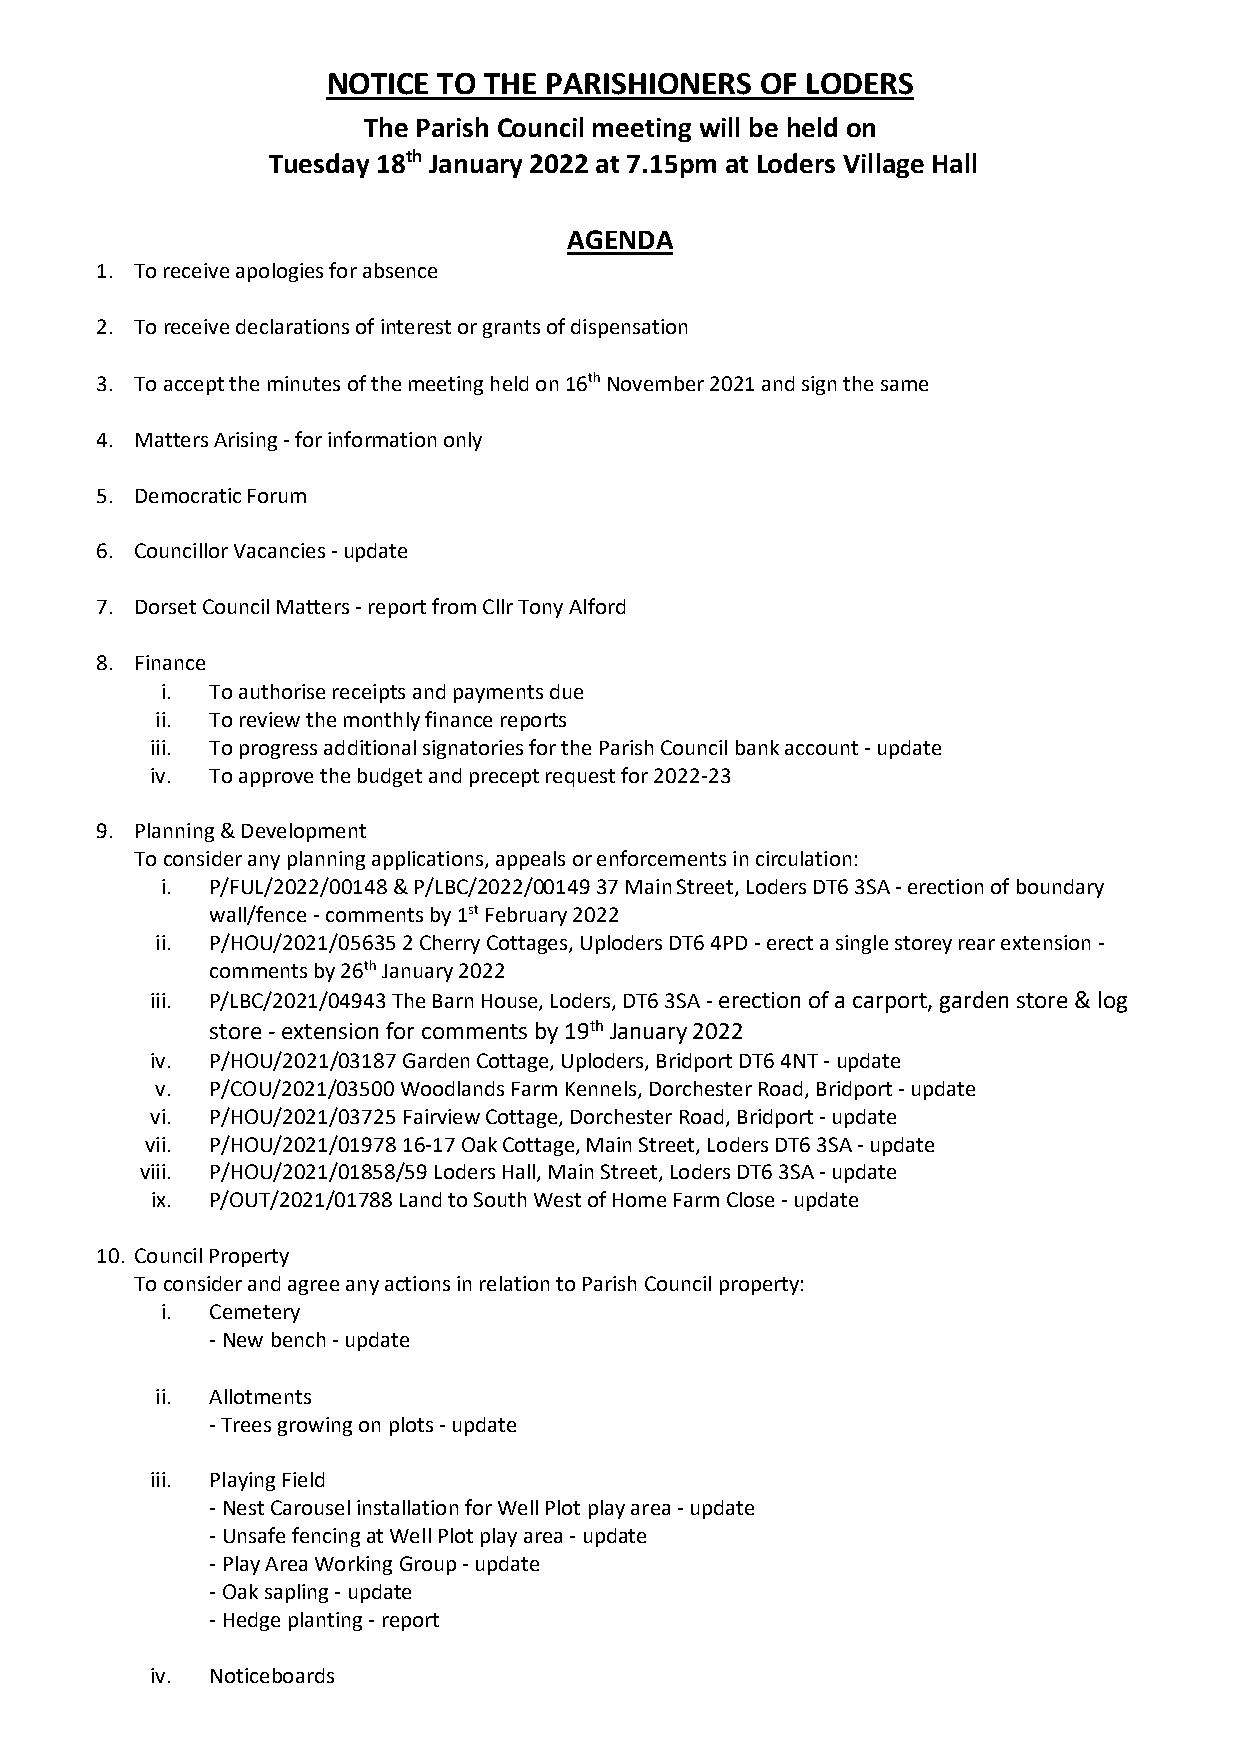
NOTICE TO THE PARISHIONERS  OF LODERS
 The Parish Council meeting will be held on
 Tuesday 18th January 2022 at 7.15pm at Loders Village Hall
 AGENDA
 1. To receive apologies for absence
 2. To receive declarations of interest or grants of dispensation
 3. To accept the minutes of the meeting held on 16th November 2021 and sign the same
 4. Matters Arising - for information only
 5. Democratic Forum
 6. Councillor Vacancies - update
 7. Dorset Council Matters - report from Cllr Tony Alford
 8. Finance
 i. To authorise receipts and payments due
 ii. To review the monthly finance reports
 iii. To progress additional signatories for the Parish Council bank account - update
 iv. To approve the budget and precept request for 2022-23
 9. Planning & Development
 To consider any planning applications, appeals or enforcements in circulation:
 i. P/FUL/2022/00148 & P/LBC/2022/00149 37 Main Street, Loders DT6 3SA - erection of boundary
 wall/fence - comments by 1st February 2022
 ii. P/HOU/2021/05635 2 Cherry Cottages, Uploders DT6 4PD - erect a single storey rear extension -
 comments by 26th January 2022
 iii. P/LBC/2021/04943 The Barn House, Loders, DT6 3SA - erection of a carport, garden store & log
 store - extension for comments by 19th January 2022
 iv. P/HOU/2021/03187 Garden Cottage, Uploders, Bridport DT6 4NT - update
 v.  P/COU/2021/03500 Woodlands Farm Kennels, Dorchester Road, Bridport - update
 vi. P/HOU/2021/03725 Fairview Cottage, Dorchester Road, Bridport - update
 vii. P/HOU/2021/01978 16-17 Oak Cottage, Main Street, Loders DT6 3SA - update
 viii. P/HOU/2021/01858/59 Loders Hall, Main Street, Loders DT6 3SA - update
 ix. P/OUT/2021/01788 Land to South West of Home Farm Close - update
 10. Council Property
 To consider and agree any actions in relation to Parish Council property:
 i. Cemetery
 - New bench - update
 ii. Allotments
 - Trees growing on plots - update
 iii. Playing Field
 - Nest Carousel installation for Well Plot play area - update
 - Unsafe fencing at Well Plot play area - update
 - Play Area Working Group - update
 - Oak sapling - update
 - Hedge planting - report
 iv. Noticeboards